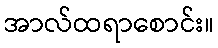
အာလ်ထရာစောင်း။